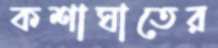
কশাঘাতের